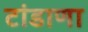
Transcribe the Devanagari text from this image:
टांडाणा